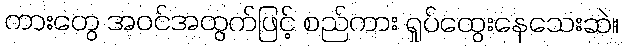
ကားတွေ အဝင်အထွက်ဖြင့် စည်ကား ရှုပ်ထွေးနေသေးဆဲ။